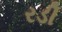
રડી